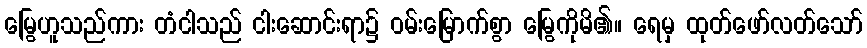
မြွေဟူသည်ကား တံငါသည် ငါးဆောင်းရာ၌ ဝမ်းမြောက်စွာ မြွေကိုမိ၏။ ရေမှ ထုတ်ဖော်လတ်သော်